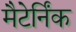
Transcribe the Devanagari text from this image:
मैटेर्निंक